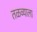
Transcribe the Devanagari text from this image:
तळव्याला